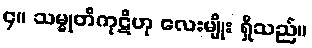
၄။ သမ္မုတိကုဋိဟု လေးမျိုး ရှိသည်။